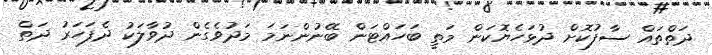
ދަތްތައް ސާފުކޮށް ދުޅަހެޔޮކަން މަތީ ބަހައްޓަން ބޭނުންނަމަ މަދުވެގެން ދުވާލަކު ދެފަހަރު ދަތް